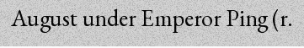
August under Emperor Ping (r.